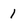
Character: 1